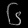
Digit: ၆